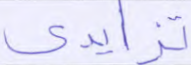
تزايدي